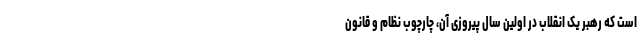
است که رهبر یک انقلاب در اولین سال پیروزی آن، چارچوب نظام و قانون